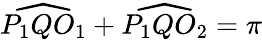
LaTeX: {\widehat{P_{1}QO_{1}}}+{\widehat{P_{1}QO_{2}}}=\pi